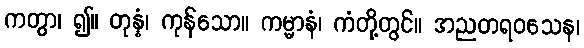
ကတွာ၊ ၍။ တုန္နံ၊ ကုန်သော။ ကမ္မာနံ၊ ကံတို့တွင်။ အညတရဝသေန၊